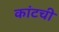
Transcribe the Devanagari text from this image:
कांटची